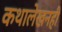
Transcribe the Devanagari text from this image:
कथालेखनही